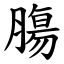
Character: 膓